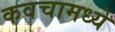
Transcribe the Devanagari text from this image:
कवचामध्ये